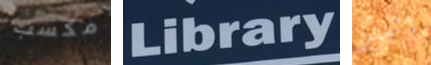
مكسب Library الستين